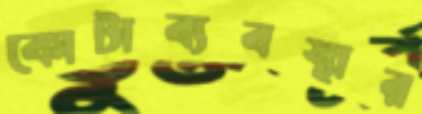
কোটাব্যবস্থার